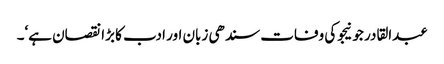
عبدالقادر جونیجو کی وفات سندھی زبان اور ادب کا بڑا نقصان ہے‘۔